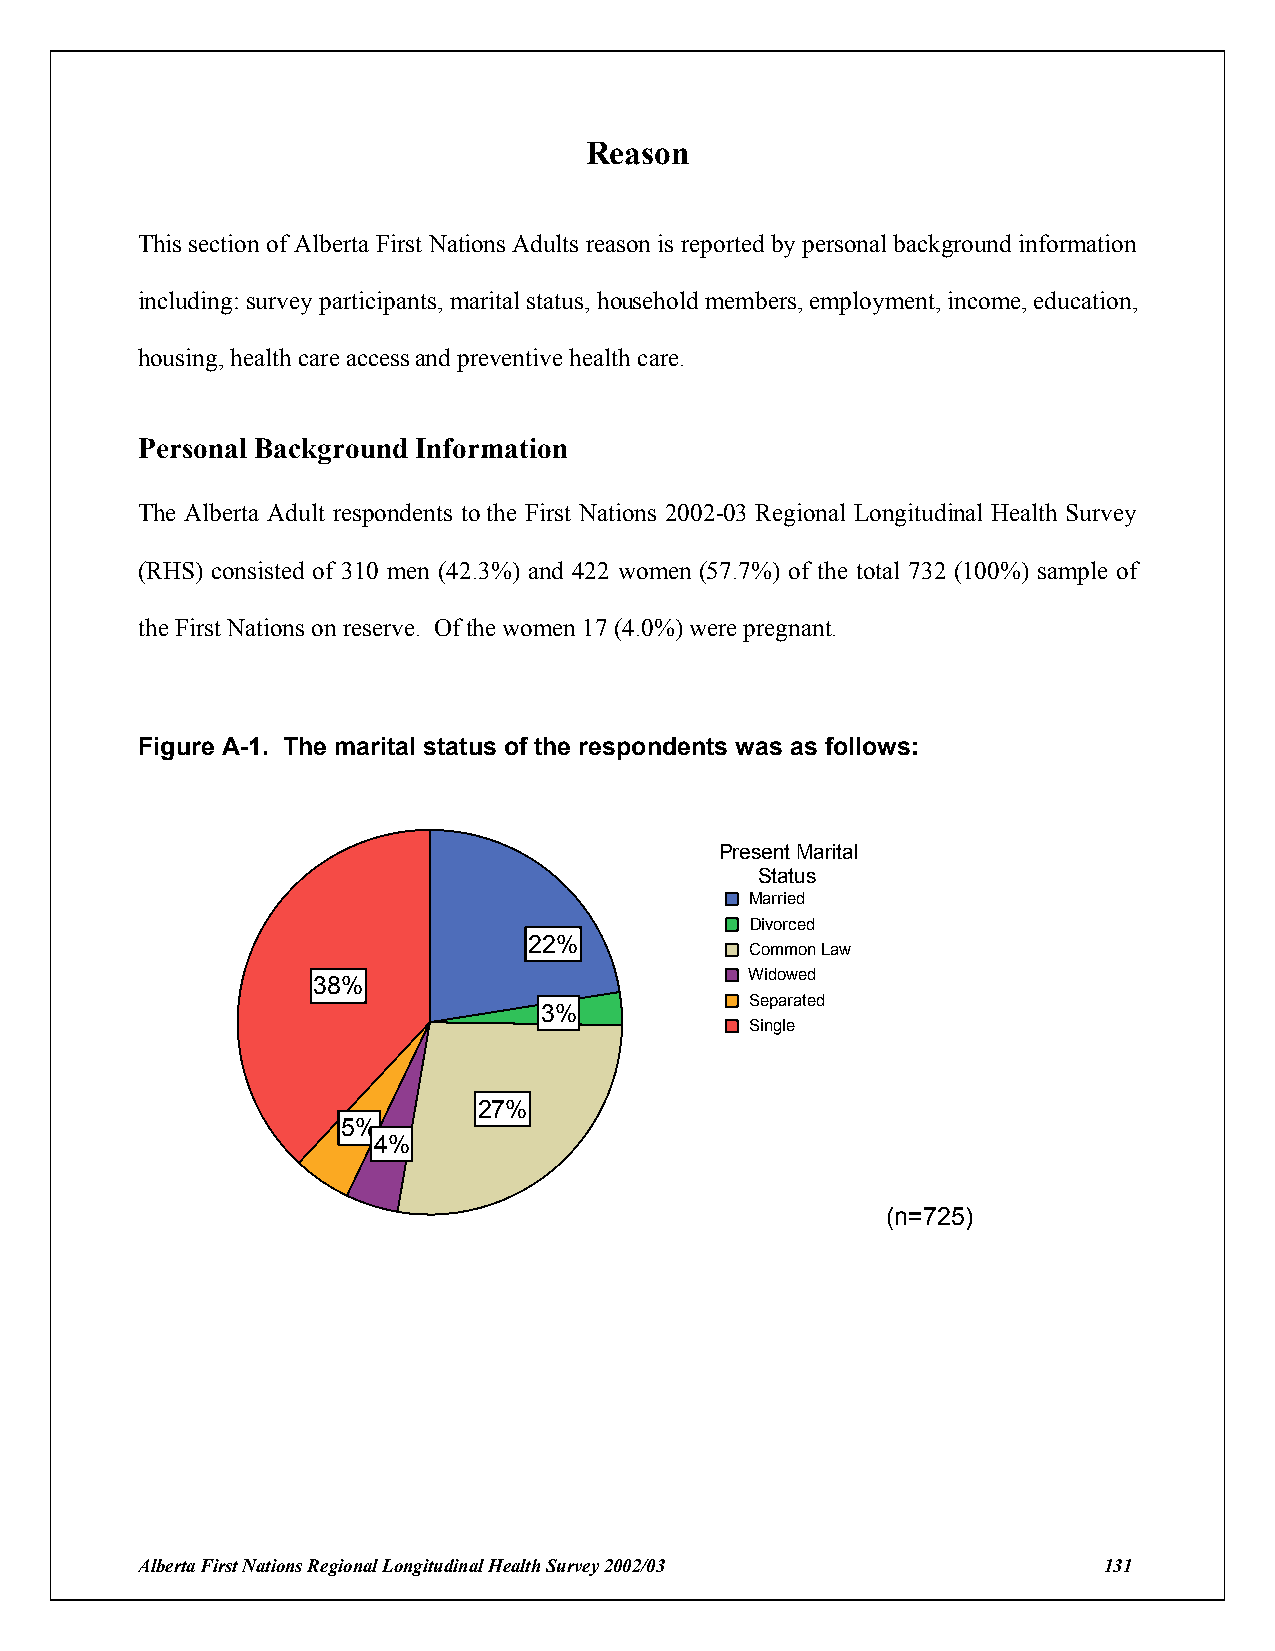
Reason
 This section of Alberta First Nations Adults reason is reported by personal background information
 including: survey participants, marital status, household members, employment, income, education,
 housing, health care access and preventive health care.
 Personal Background Information
 The Alberta Adult respondents to the First Nations 2002-03 Regional Longitudinal Health Survey
 (RHS) consisted of 310 men (42.3%) and 422 women (57.7%) of the total 732 (100%) sample of
 the First Nations on reserve. Of the women 17 (4.0%) were pregnant.
 Figure A-1. The marital status of the respondents was as follows:
 Present Marital
 Status
 Married
 Divorced
 22%
 Common Law
 Widowed
 38%
 Separated
 3%
 Single
 27%
 5%
 4%
 (n=725)
 Alberta First Nations Regional Longitudinal Health Survey 2002/03 131